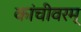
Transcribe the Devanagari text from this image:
कांचीवरम्